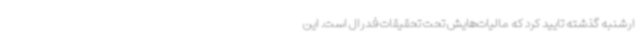
ارشنبه گذشته تایید کرد که مالیات‌هایش تحت تحقیقات فدرال است. این